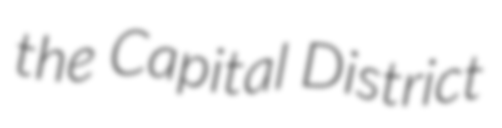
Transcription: the Capital District